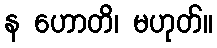
န ဟောတိ၊ မဟုတ်။